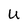
Character: U